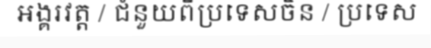
អង្គរវត្ត / ជំនួយពីប្រទេសចិន / ប្រទេស